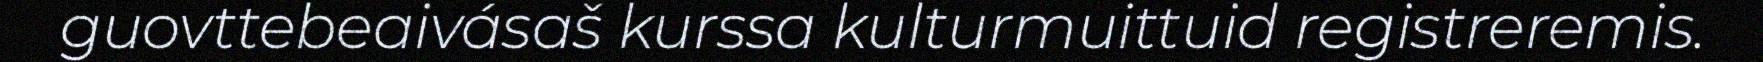
guovttebeaivásaš kurssa kulturmuittuid registreremis.